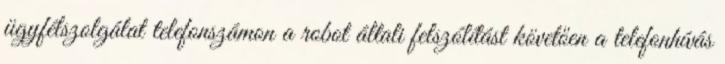
ügyfélszolgálat telefonszámon a robot általi felszólítást követően a telefonhívás